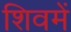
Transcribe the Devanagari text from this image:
शिवमें